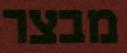
מבצר